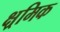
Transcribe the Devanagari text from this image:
क्ष्रमिक